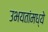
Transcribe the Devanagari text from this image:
उभयतांमध्ये